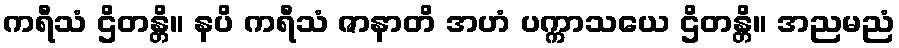
ကရီသံ ဌိတန္တိ။ နပိ ကရီသံ ဇာနာတိ အဟံ ပက္ကာသယေ ဌိတန္တိ။ အညမညံ